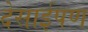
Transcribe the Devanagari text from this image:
देसाईपण